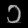
Digit: ၁